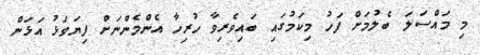
މި މައްސަލަ ބެލުމަށް ފަހު މިކަމުގައި ބައިވެރިވާ ހުރިހާ އެންމެންނަށް ފިޔަވަޅު އަޅަން